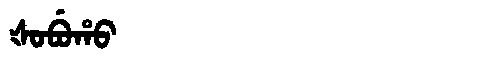
Manchu: ᡧᠣᠪᡠᡥᠣ
Romanization: ŠOBUHO